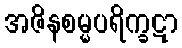
အဇိနစမ္မပရိက္ခဋာ